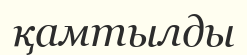
қамтылды